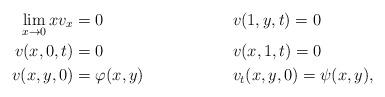
LaTeX: \begin{align*}\lim_{x \rightarrow 0} x v_x &= 0 &&v(1,y,t) = 0 \\v(x, 0, t) &= 0 &&v(x, 1, t) = 0 \\v(x, y, 0) &= \varphi(x,y) &&v_t(x,y,0) = \psi(x,y),\end{align*}